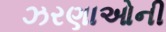
ઝરણાઓની